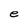
Character: e